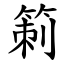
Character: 箣